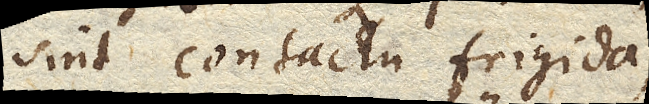
sint contactu frigida,